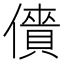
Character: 𠏱